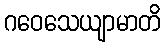
ဂဝေသေယျာမာတိ